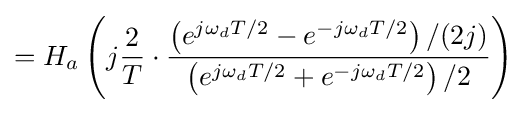
=H_{a}\left(j{\frac {2}{T}}\cdot {\frac {\left(e^{j\omega _{d}T/2}-e^{-j\omega _{d}T/2}\right)/(2j)}{\left(e^{j\omega _{d}T/2}+e^{-j\omega _{d}T/2}\right)/2}}\right)